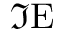
\Im \mathrm { E }